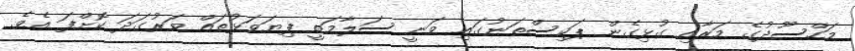
މަހްސޫދުގެ މަރާއި ގުޅިގެން ޕަކިސްތަނުގައި ވަނީ ސަލާމަތީ ފިޔަވަޅުތައް ވަރުގަދަ ކޮށްފަ އެވެ.